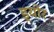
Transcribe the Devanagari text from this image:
ड्योर